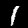
Label: 1